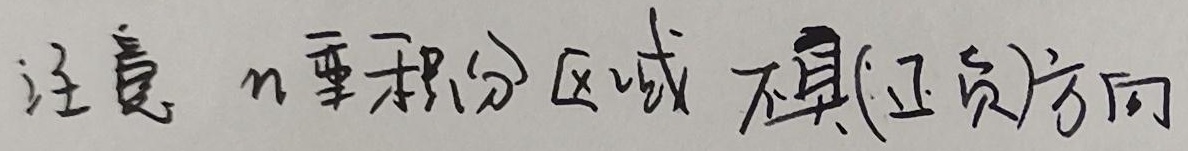
注意 \(n\)重积分区域 不具(正负)方向